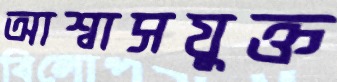
আশ্বাসযুক্ত